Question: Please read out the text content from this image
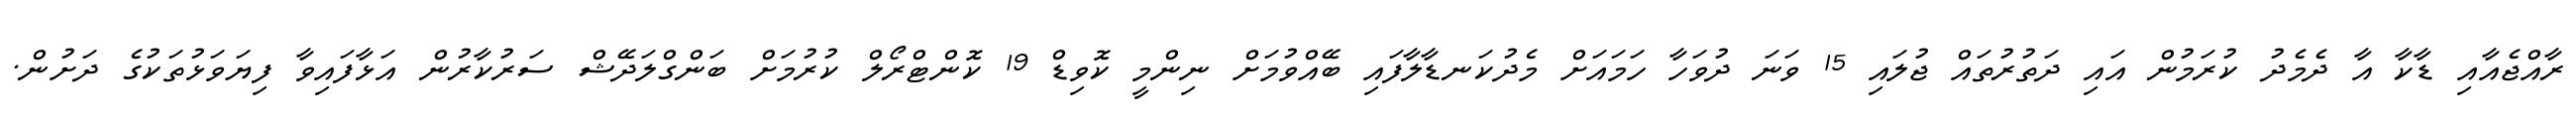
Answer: ރާއްޖެއާއި ޑާކާ އާ ދެމެދު ކުރަމުން އައި ދަތުރުތައް ޖުލައި 15 ވަނަ ދުވަހާ ހަމައަށް މެދުކަނޑާލާފައި ބޭއްވުމަށް ނިންމީ ކޮވިޑް 19 ކޮންޓްރޯލް ކުރުމަށް ބަންގްލަދޭޝް ސަރުކާރުން އަޅާފައިވާ ފިޔަވަޅުތަކުގެ ދަށުން.